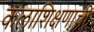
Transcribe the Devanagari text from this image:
कलाशिक्षणाची